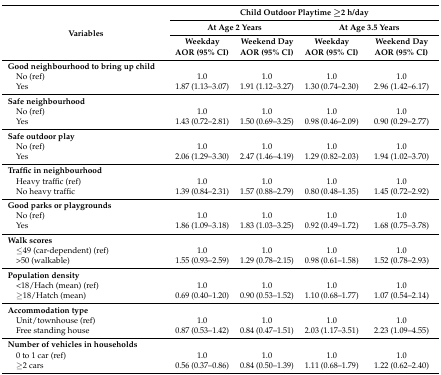
<table><thead><tr><td rowspan="3"><b>Variables</b></td><td colspan="4"><b>Child Outdoor Playtime ≥2 h/day</b></td></tr><tr><td colspan="2"><b>At Age 2 Years</b></td><td colspan="2"><b>At Age 3.5 Years</b></td></tr><tr><td><b>Weekday AOR (95% CI)</b></td><td><b>Weekend Day AOR (95% CI)</b></td><td><b>Weekday AOR (95% CI)</b></td><td><b>Weekend Day AOR (95% CI)</b></td></tr></thead><tbody><tr><td><b>Good neighbourhood to bring up child</b></td><td></td><td></td><td></td><td></td></tr><tr><td> No (ref)</td><td>1.0</td><td>1.0</td><td>1.0</td><td>1.0</td></tr><tr><td> Yes</td><td>1.87 (1.13–3.07)</td><td>1.91 (1.12–3.27)</td><td>1.30 (0.74–2.30)</td><td>2.96 (1.42–6.17)</td></tr><tr><td><b>Safe neighbourhood</b></td><td></td><td></td><td></td><td></td></tr><tr><td> No (ref) </td><td>1.0</td><td>1.0</td><td>1.0</td><td>1.0</td></tr><tr><td> Yes</td><td>1.43 (0.72–2.81)</td><td>1.50 (0.69–3.25)</td><td>0.98 (0.46–2.09)</td><td>0.90 (0.29–2.77)</td></tr><tr><td><b>Safe outdoor play</b></td><td></td><td></td><td></td><td></td></tr><tr><td> No (ref)</td><td>1.0</td><td>1.0</td><td>1.0</td><td>1.0</td></tr><tr><td> Yes</td><td>2.06 (1.29–3.30)</td><td>2.47 (1.46–4.19)</td><td>1.29 (0.82–2.03)</td><td>1.94 (1.02–3.70)</td></tr><tr><td><b>Traffic in neighbourhood</b></td><td></td><td></td><td></td><td></td></tr><tr><td> Heavy traffic (ref)</td><td>1.0</td><td>1.0</td><td>1.0</td><td>1.0</td></tr><tr><td> No heavy traffic</td><td>1.39 (0.84–2.31)</td><td>1.57 (0.88–2.79)</td><td>0.80 (0.48–1.35)</td><td>1.45 (0.72–2.92)</td></tr><tr><td><b>Good parks or playgrounds</b></td><td></td><td></td><td></td><td></td></tr><tr><td> No (ref)</td><td>1.0</td><td>1.0</td><td>1.0</td><td>1.0</td></tr><tr><td> Yes</td><td>1.86 (1.09–3.18)</td><td>1.83 (1.03–3.25)</td><td>0.92 (0.49–1.72)</td><td>1.68 (0.75–3.78)</td></tr><tr><td><b>Walk scores</b></td><td></td><td></td><td></td><td></td></tr><tr><td> ≤49 (car-dependent) (ref)</td><td>1.0</td><td>1.0</td><td>1.0</td><td>1.0</td></tr><tr><td> &gt;50 (walkable)</td><td>1.55 (0.93–2.59)</td><td>1.29 (0.78–2.15)</td><td>0.98 (0.61–1.58)</td><td>1.52 (0.78–2.93)</td></tr><tr><td><b>Population density</b></td><td></td><td></td><td></td><td></td></tr><tr><td> &lt;18/Hach (mean) (ref)</td><td>1.0</td><td>1.0</td><td>1.0</td><td>1.0</td></tr><tr><td> ≥18/Hatch (mean)</td><td>0.69 (0.40–1.20)</td><td>0.90 (0.53–1.52)</td><td>1.10 (0.68–1.77)</td><td>1.07 (0.54–2.14)</td></tr><tr><td><b>Accommodation type</b></td><td></td><td></td><td></td><td></td></tr><tr><td> Unit/townhouse (ref)</td><td>1.0</td><td>1.0</td><td>1.0</td><td>1.0</td></tr><tr><td> Free standing house</td><td>0.87 (0.53–1.42)</td><td>0.84 (0.47–1.51)</td><td>2.03 (1.17–3.51)</td><td>2.23 (1.09–4.55)</td></tr><tr><td><b>Number of vehicles in households</b></td><td></td><td></td><td></td><td></td></tr><tr><td> 0 to 1 car (ref)</td><td>1.0</td><td>1.0</td><td>1.0</td><td>1.0</td></tr><tr><td> ≥2 cars</td><td>0.56 (0.37–0.86)</td><td>0.84 (0.50–1.39)</td><td>1.11 (0.68–1.79)</td><td>1.22 (0.62–2.40)</td></tr></tbody></table>